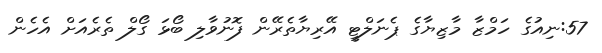
57:ނިއުގެ ހަމްޒާ މާޒިޔާގެ ޕެނަލްޓީ އޭރިޔާތެރޭން ފޮނުވާލި ބޯޅަ ގޯލް ތެރެއަށް އެެހެން